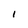
Character: I